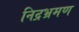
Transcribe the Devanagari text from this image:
निद्रभ्रमण